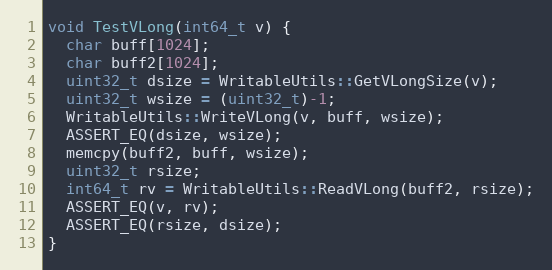
Language: C++
void TestVLong(int64_t v) {
  char buff[1024];
  char buff2[1024];
  uint32_t dsize = WritableUtils::GetVLongSize(v);
  uint32_t wsize = (uint32_t)-1;
  WritableUtils::WriteVLong(v, buff, wsize);
  ASSERT_EQ(dsize, wsize);
  memcpy(buff2, buff, wsize);
  uint32_t rsize;
  int64_t rv = WritableUtils::ReadVLong(buff2, rsize);
  ASSERT_EQ(v, rv);
  ASSERT_EQ(rsize, dsize);
}